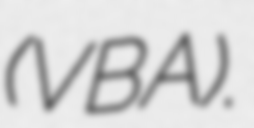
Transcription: (VBA).